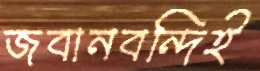
জবানবন্দিই